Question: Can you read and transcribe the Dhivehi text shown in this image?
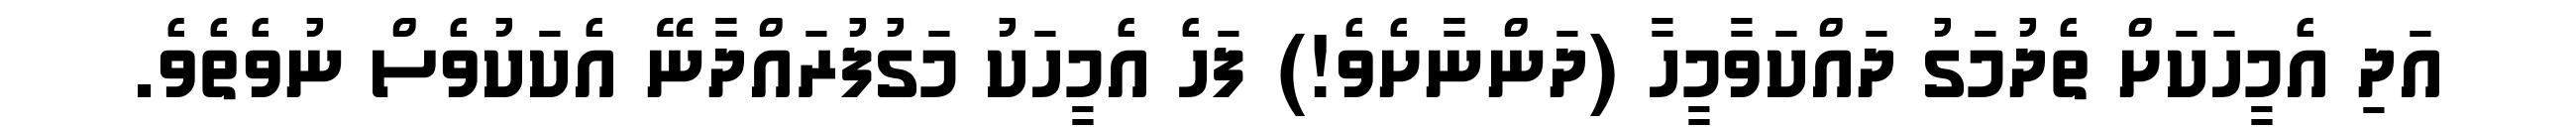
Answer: އަދި އެމީހަކަށް ތެދުމަގު ދައްކަވާމީހާ (ދަންނާށެވެ!) ފަހެ އެމީހަކު މަގުފުރައްދާނޭ އެކަކުވެސް ނުވެތެވެ.